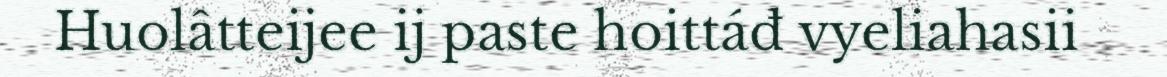
Huolâtteijee ij paste hoittáđ vyeliahasii